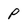
Character: p